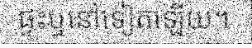
ផ្ទះឬនៅទៀតឡើយ។